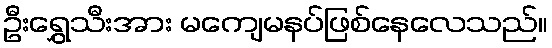
ဦးရွှေသီးအား မကျေမနပ်ဖြစ်နေလေသည်။